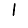
Digit: 1